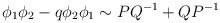
\begin{align*}\phi_1\phi_2- q\phi_2\phi_1 \sim PQ^{-1} + QP^{-1}\end{align*}